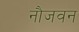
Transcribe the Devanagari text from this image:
नौजवन